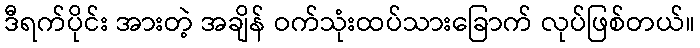
ဒီရက်ပိုင်း အားတဲ့ အချိန် ဝက်သုံးထပ်သားခြောက် လုပ်ဖြစ်တယ်။